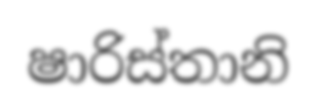
ෂාරිස්තානි